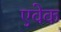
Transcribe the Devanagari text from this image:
एवेक